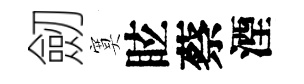
劒寞眩蔡湮